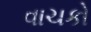
વાચકો